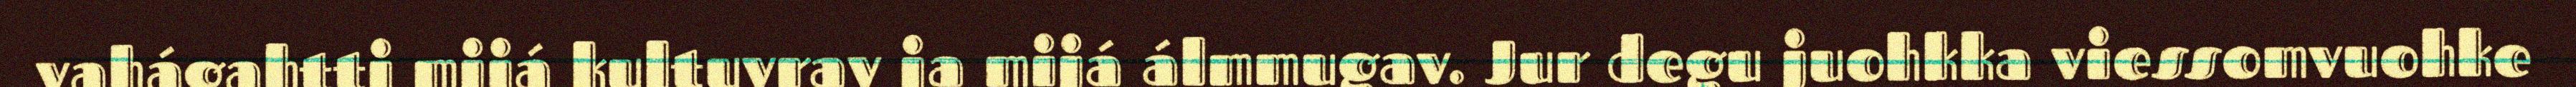
vahágahtti mijá kultuvrav ja mijá álmmugav. Jur degu juohkka viessomvuohke